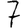
Digit: 7